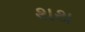
થથ